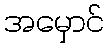
အမှောင်